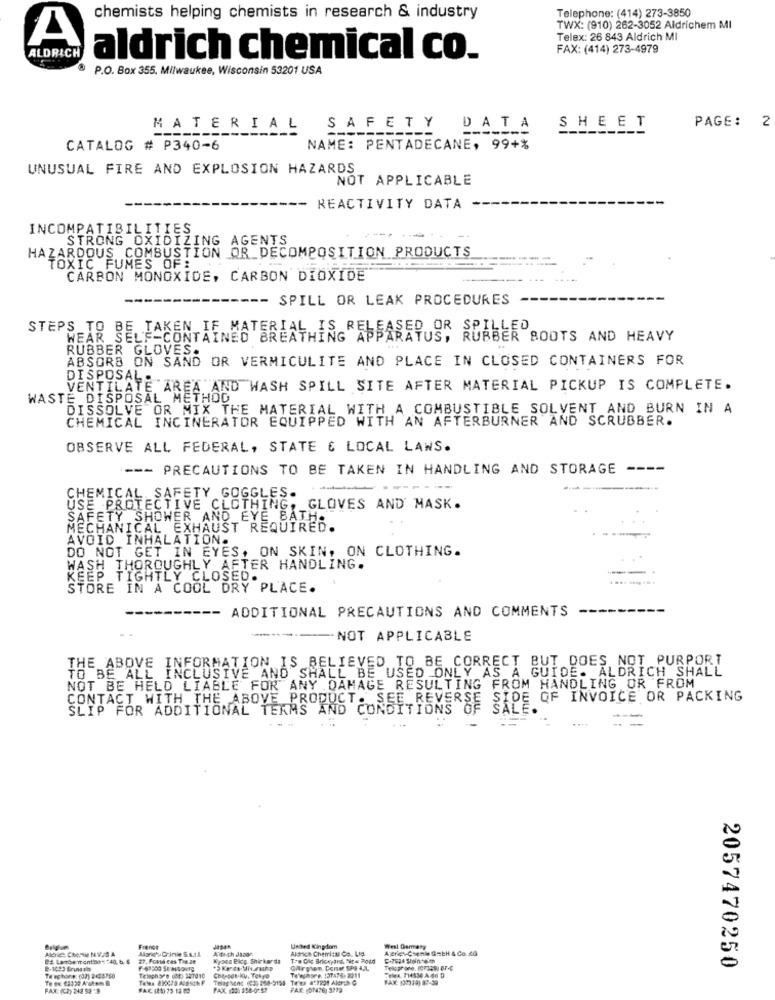
Telephone: (414) 273-3850
chemists helping chemists in research & industry
TWX: (910) 262-3052 Aldrichem MI
A
Telex: 26 843 Aldrich MI
FAX: (414) 273-4979
ALDRICH
aldrich chemical co.
P.O. Box 355, Milwaukee, Wisconsin 53201 USA
PAGE: 2
MATERIAL SAFETY DATA SHEET
CATALOG # P340-6
NAME: PENTADECANE, 99+%
UNUSUAL FIRE AND EXPLOSION HAZARDS
NOT APPLICABLE
REACTIVITY DATA
INCOMPATIBILITIES
STRONG OXIDIZING AGENTS
HAZARDOUS COMBUSTION OR DECOMPOSITION PRODUCTS
^TOXIC FUMES OF:
CARBON MONOXIDE, CARBON DIOXIDE
--- SPILL OR LEAK PROCEDURES
STEPS TO BE TAKEN IF MATERIAL IS RELEASED OR SPILLED
RUBBER BOOTS AND HEAVY
RUBBER GLOVES.
ABSORB ON SAND OR VERMICULITE AND PLACE IN CLOSED CONTAINERS FOR
DISPOSAL ...
VENTILATE AREA AND WASH SPILL SITE AFTER MATERIAL PICKUP IS COMPLETE.
WASTE DISPOSAL METHOD
DISSOLVE OR MIX THE MATERIAL WITH A COMBUSTIBLE SOLVENT AND BURN IN A
CHEMICAL INCINERATOR EQUIPPED WITH AN AFTERBURNER AND SCRUBBER.
OBSERVE ALL FEDERAL, STATE & LOCAL LAWS.
--- PRECAUTIONS TO BE TAKEN IN HANDLING AND STORAGE
----
------
CHEMICAL SAFETY GOGGLES.
USE PROTECTIVE CLOTHING, GLOVES AND MASK.
SAFETY SHOWER AND EYE BATHS
NECHANICAL EXHAUST REQUIRED.
AVOID INHALATION.
DO NOT GET IN EYES, ON SKIN, ON CLOTHING.
WASH THOROUGHLY AFTER HANDLING.
KEEP TIGHTLY CLOSED.
STORE IN A COOL DRY PLACE.
---
-- ADDITIONAL PRECAUTIONS AND COMMENTS
--- NOT APPLICABLE
THE ABOVE INFORMATION IS BELIEVED TO BE CORRECT BUT DOES NOT PURPORT
TO BE ALL INCLUSIVE AND SHALL BE USED ONLY AS A GUIDE. ALDRICH SHALL
NOT BE HELD LIABLE FOR ANY DAMAGE RESULTING FROM HANDLING OR FROM
CONTACT WITH THE ABOVE PRODUCT. SEE REVERSE SIDE OF INVOICE OR PACKING
SLIP FOR ADDITIONAL TERMS AND CONDITIONS OF SALE.
Male- Chemie N.V.S A
Alorich-Crinie S.s.I.A.
French
Alfeth disan
United Kingdom
Aldrich Chemical Co. Lig
West Germany
Agerich-Caenle GetH & Co.xd
27. Found ces The ze
Kyoon Eldp. Shirkorda
CAtrpten. Corset SPO 4,L
2057470250
Te'sphone: (03) 2424750
Telephone (84) 327010
Teles 810079 Alasth F
Te'aghore. 137476- 2211
FAX: (2) 242 52 8
FAC (46) 79 12 80
PAX 180: 396-0257
FAX: (OM476) 3779